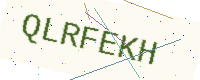
Text: QLRFEKH